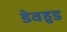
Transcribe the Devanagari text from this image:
डेवहुड